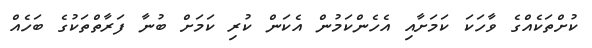
ކުށްތަކެއްގެ ވާހަކަ ކަމަށާއި އެހެންކަމުން އެކަން ކުރި ކަމަށް ބުނާ ފަރާތްތަކުގެ ބަހެއް